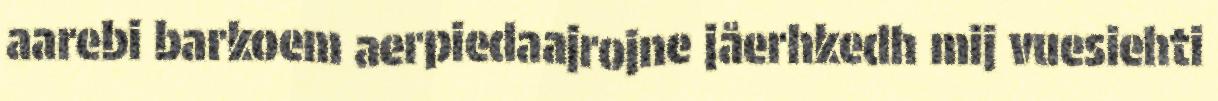
aarebi barkoem aerpiedaajrojne jåerhkedh mij vuesiehti